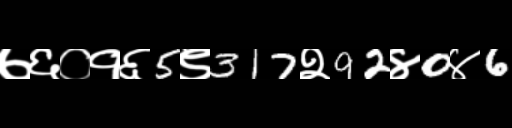
Text: ७६०१६5९317२92४0४6